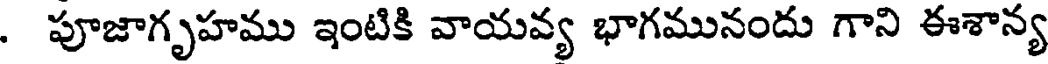
. పూజాగృహము ఇంటికి వాయవ్య భాగమునందు గాని ఈశాన్య